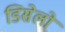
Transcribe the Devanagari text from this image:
डिसेलो